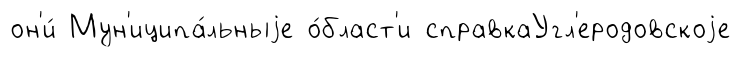
он'и́ Мун'иципа́льныjе о́бласт'и справкаУгл'еродовскоjе